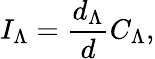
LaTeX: I_{\Lambda}={\frac{d_{\Lambda}}{d}}C_{\Lambda},